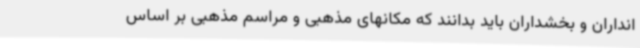
انداران و بخشداران باید بدانند که مکانهای مذهبی و مراسم مذهبی بر اساس